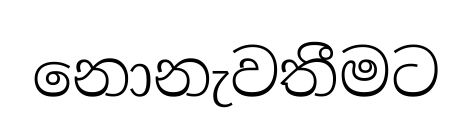
නොනැවතීමට